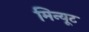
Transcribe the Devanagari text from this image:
मिन्यूट